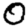
Digit: 0